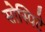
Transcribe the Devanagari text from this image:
सोस्पिटे